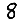
Digit: 8